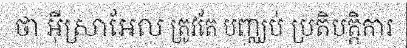
ថា អ៊ីស្រាអែល ត្រូវតែ បញ្ឈប់ ប្រតិបត្តិការ